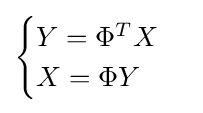
{\begin{cases}Y=\Phi ^{T}X\\X=\Phi Y\end{cases}}